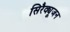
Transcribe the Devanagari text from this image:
सिरैक्यूजन